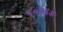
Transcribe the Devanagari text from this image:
५०३६अ